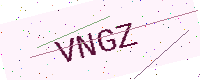
Text: VNGZ